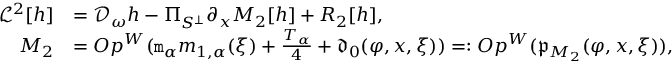
\begin{array} { r l } { \mathcal { L } ^ { 2 } [ h ] } & { = \mathcal { D } _ { \omega } h - \Pi _ { S ^ { \perp } } \partial _ { x } M _ { 2 } [ h ] + R _ { 2 } [ h ] , } \\ { M _ { 2 } } & { = O p ^ { W } ( \mathtt { m } _ { \alpha } m _ { 1 , \alpha } ( \xi ) + \frac { T _ { \alpha } } { 4 } + \mathfrak { d } _ { 0 } ( \varphi , x , \xi ) ) = : O p ^ { W } ( \mathfrak { p } _ { M _ { 2 } } ( \varphi , x , \xi ) ) , } \end{array}